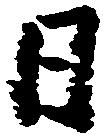
日